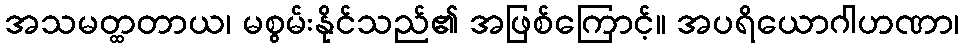
အသမတ္ထတာယ၊ မစွမ်းနိုင်သည်၏ အဖြစ်ကြောင့်။ အပရိယောဂါဟဏာ၊